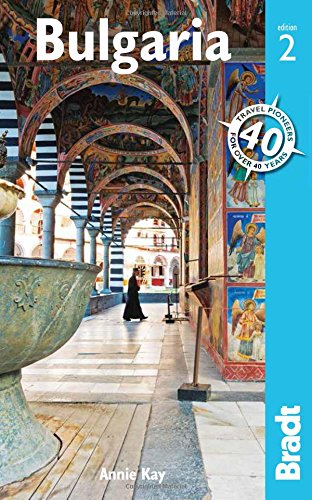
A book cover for Bulgaria (Bradt Travel Guide); Annie Kay; Travel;